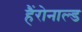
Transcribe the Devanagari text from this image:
हैंरोनाल्ड